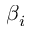
\beta _ { i }